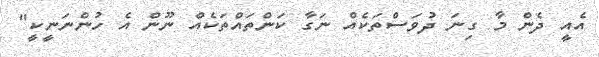
އެއީ ދެން މާ ގިނަ ދުވަސްތަކެއް ނަގާ ކަންތައްތަކެއް ނޫން އެ ހުންނަނީކީ"